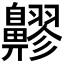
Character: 𪖷